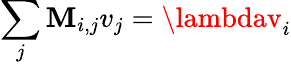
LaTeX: \sum_{j}\mathbf{M}_{i,j}v_{j}=\lambdav_{i}